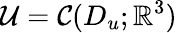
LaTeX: \mathcal{U}=\mathcal{C}(D_{u};\mathbb{R}^{3})